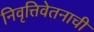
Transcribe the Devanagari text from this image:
निवृत्तिवेतनाची